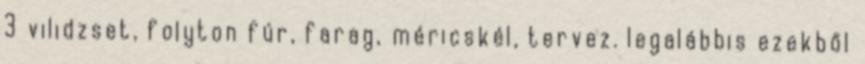
3 vilidzset, folyton fúr, farag, méricskél, tervez. legalábbis ezekből